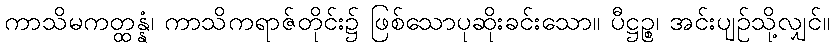
ကာသိမကတ္ထန္နံ၊ ကာသိကရာဇ်တိုင်း၌ ဖြစ်သောပုဆိုးခင်းသော။ ပီဋ္ဌဉ္စ၊ အင်းပျဉ်သို့လျှင်။